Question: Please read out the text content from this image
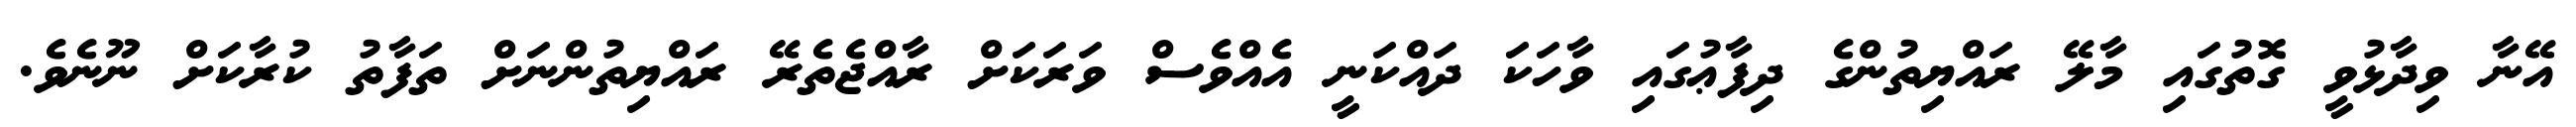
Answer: އޭނާ ވިދާޅުވީ ގޮތުގައި މާލޭ ރައްޔިތުންގެ ދިފާޢުގައި ވާހަކަ ދައްކަނީ އެއްވެސް ވަރަކަށް ރާއްޖެތެރޭ ރައްޔިތުންނަށް ތަފާތު ކުރާކަށް ނޫނެވެ.